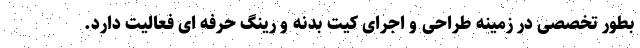
بطور تخصصی در زمینه طراحی و اجرای کیت بدنه و رینگ حرفه ای فعالیت دارد.